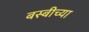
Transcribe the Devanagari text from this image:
बस्बीच्या